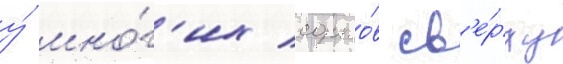
у́ мно́г'их сорто́в св'е́рху